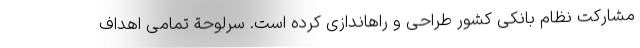
مشارکت نظام بانکی کشور طراحی و راهاندازی کرده است. سرلوحة تمامی اهداف